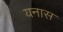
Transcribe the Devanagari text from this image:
यनास